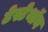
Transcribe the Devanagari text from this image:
टेस्टेथॉन